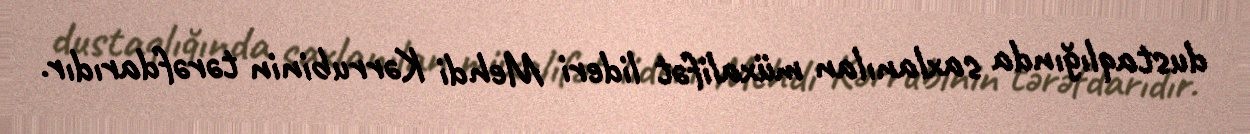
dustaqlığında saxlanılan müxalifət lideri Mehdi Kərrubinin tərəfdarıdır.